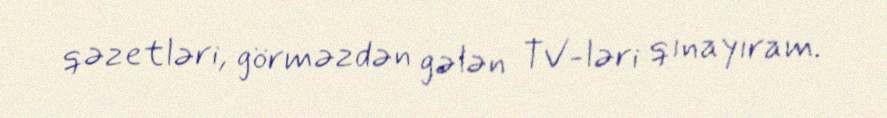
qəzetləri, görməzdən gələn TV-ləri qınayıram.